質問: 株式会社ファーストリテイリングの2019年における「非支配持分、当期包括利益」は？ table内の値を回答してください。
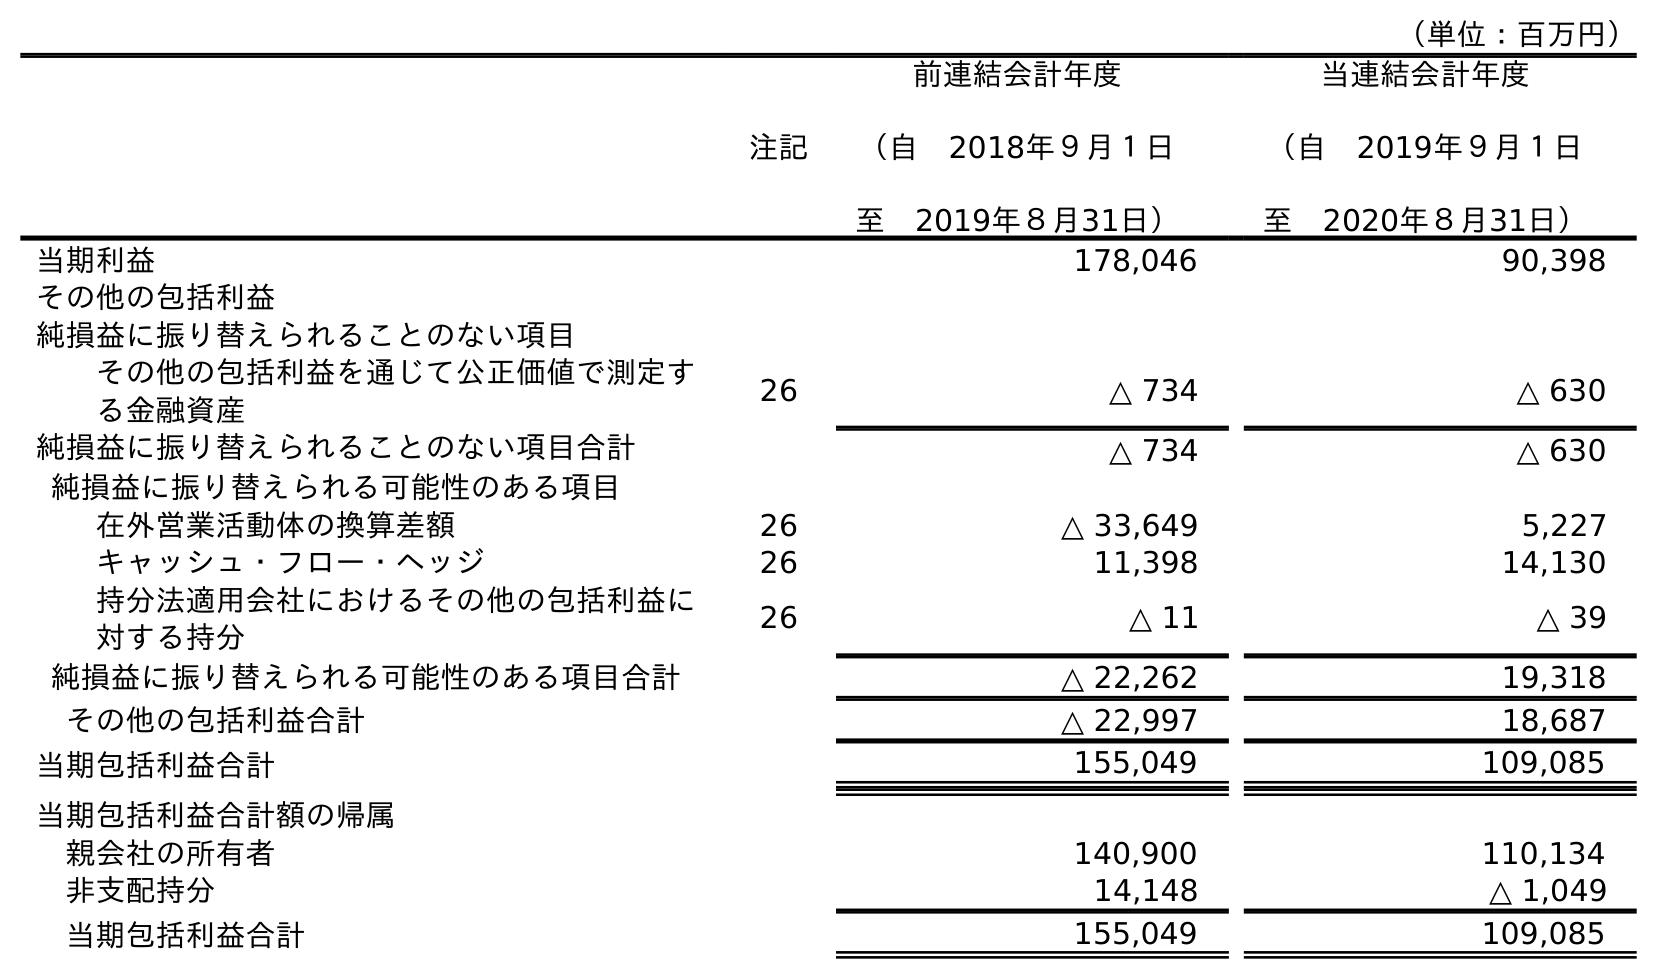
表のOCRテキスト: （単位：百万円） 注記 前連結会計年度 （自 2018年９月１日 至 2019年８月31日） 当連結会計年度 （自 2019年９月１日 至 2020年８月31日） 当期利益 178,046 90,398 その他の包括利益 純損益に振り替えられることのない項目 その他の包括利益を通じて公正価値で測定す る金融資産 26 △ 734 △ 630 純損益に振り替えられることのない項目合計 △ 734 △ 630 純損益に振り替えられる可能性のある項目 在外営業活動体の換算差額 26 △ 33,649 5,227 キャッシュ・フロー・ヘッジ 26 11,398 14,130 持分法適用会社におけるその他の包括利益に 対する持分 26 △ 11 △ 39 純損益に振り替えられる可能性のある項目合計 △ 22,262 19,318 その他の包括利益合計 △ 22,997 18,687 当期包括利益合計 155,049 109,085 当期包括利益合計額の帰属 親会社の所有者 140,900 110,134 非支配持分 14,148 △ 1,049 当期包括利益合計 155,049 109,085
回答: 14,148